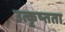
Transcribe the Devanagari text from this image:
उत्कृष्तता